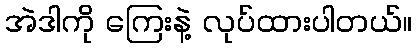
အဲဒါကို ကြေးနဲ့ လုပ်ထားပါတယ်။